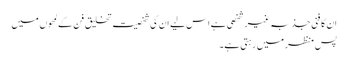
ان کا فنی جذبہ غیر شخصی ہے اس لیے ان کی شخصیت تخلیق فن کے لمحوں میں
پس منظر میں رہتی ہے۔